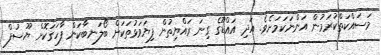
މަސައްކަތްކުރަމުން އަންނަކަމަށެވެ. އަދި އައްޑޫގެ ގިނަ ރައްޔިތުން ފިޔަވަޅުތަކަށް ބޯލަނބާކަން ފާހަގަކޮށް ޔޫސުފް